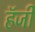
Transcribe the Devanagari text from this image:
हॅजी